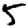
Digit: 5